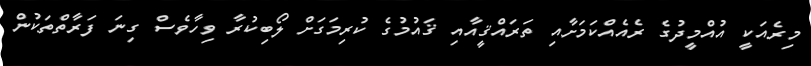
މިރެއަކީ އުއްމީދުގެ ރެއެއްކަމަށާއި ތަރައްޤީއާއި ޤައުމުގެ ކުރިމަގަށް ލޯބިކުރާ ވިހާވެސް ގިނަ ފަރާތްތަކުން